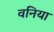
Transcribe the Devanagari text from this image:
वनिया